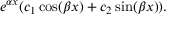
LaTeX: e ^ { \alpha x } ( c _ { 1 } \cos ( \beta x ) + c _ { 2 } \sin ( \beta x ) ) .